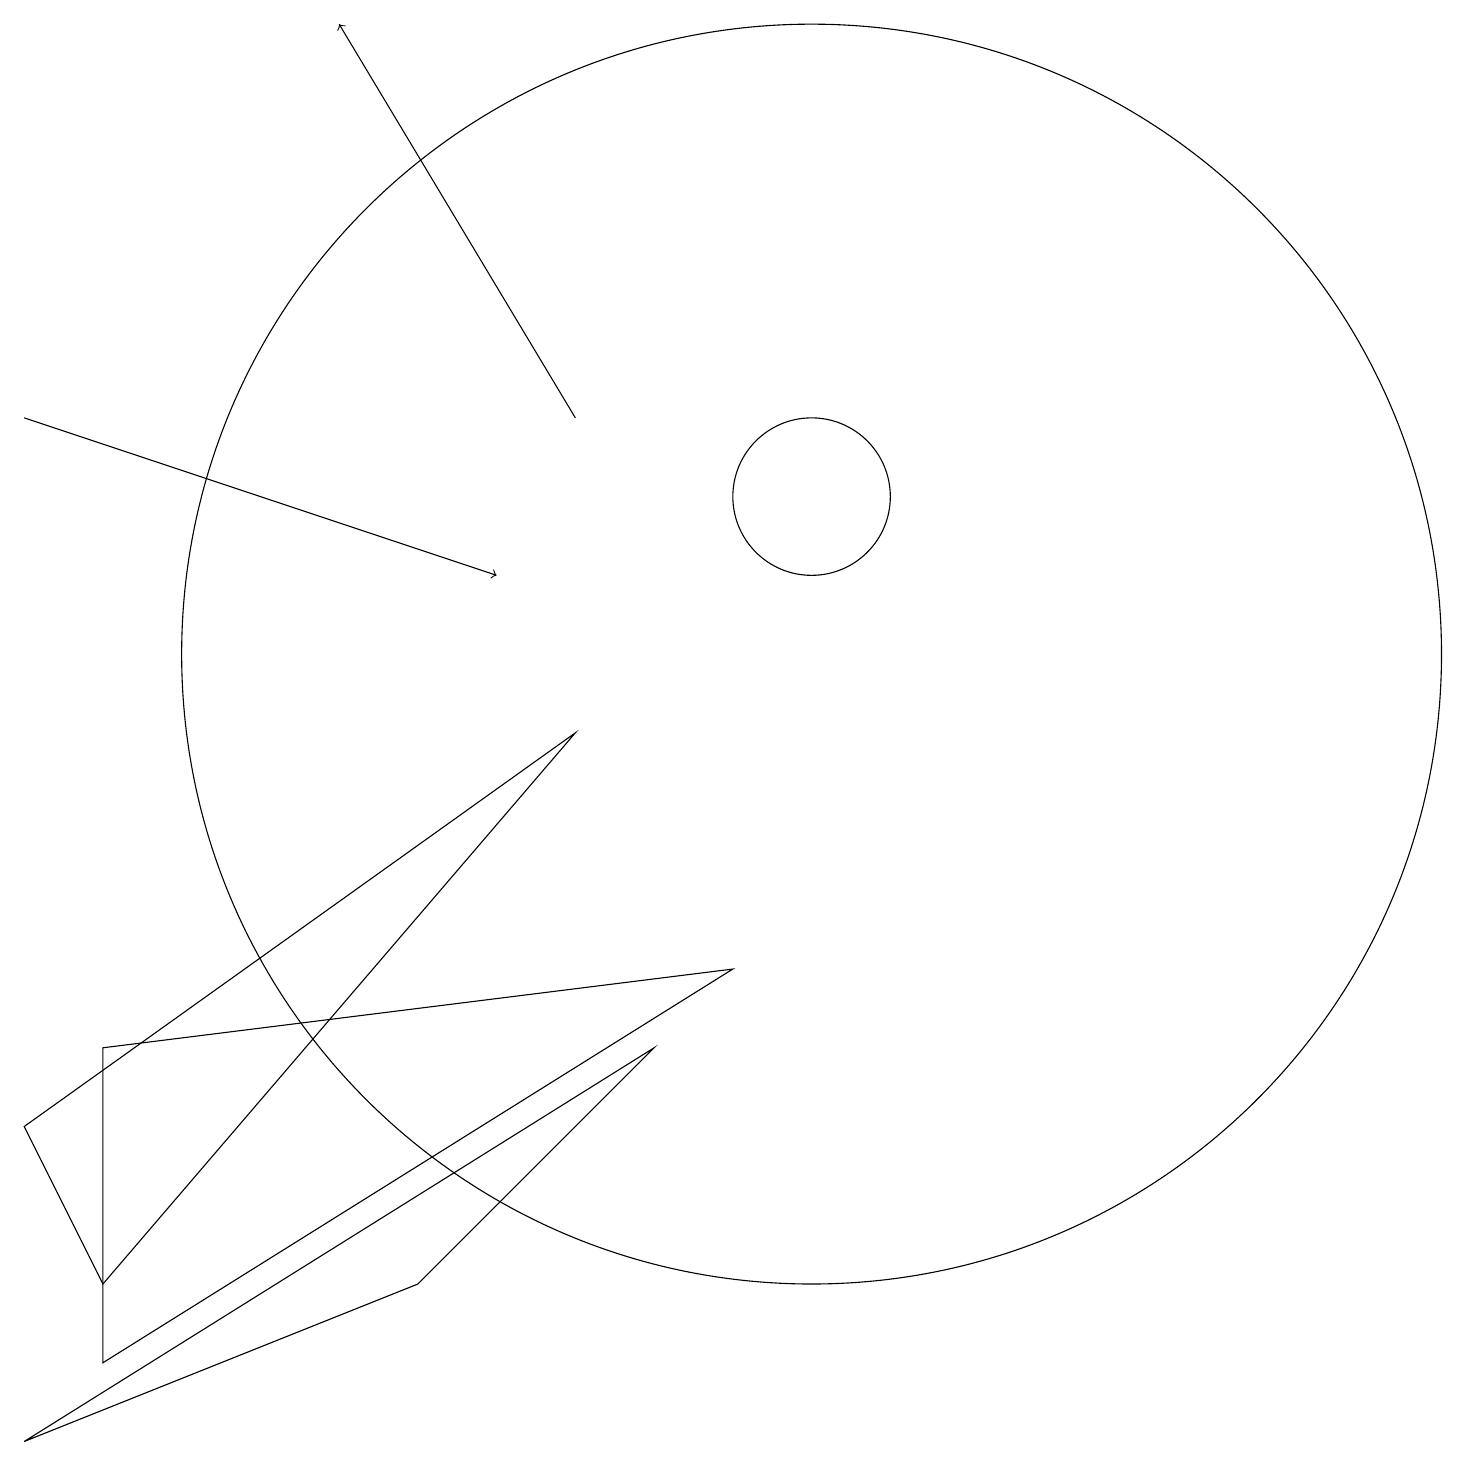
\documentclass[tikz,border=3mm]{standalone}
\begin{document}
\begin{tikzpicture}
\draw[->] (7,13) -- (4,18);
\draw[->] (0,13) -- (6,11);
\draw (9,6) -- (1,5) -- (1,1) -- cycle;
\draw (10,10) circle (8);
\draw (7,9) -- (0,4) -- (1,2) -- cycle;
\draw (5,2) -- (8,5) -- (0,0) -- cycle;
\draw (10,12) circle (1);
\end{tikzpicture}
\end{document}